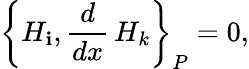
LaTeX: \left\{ H_{\mathbf{i}},\frac{{d}}{{dx}}\, H_{k}\right\} _{P}=0,